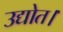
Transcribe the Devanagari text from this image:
उद्योत।